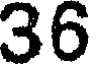
36